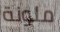
ملونة